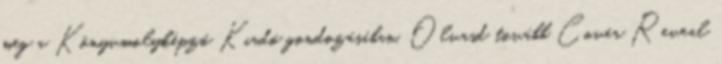
meg a Könyvmolyképző Kiadó gondozásában. Olvasd tovább Cover Reveal